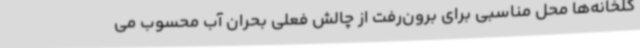
گلخانه‌ها محل مناسبی برای برون‌رفت از چالش فعلی بحران آب محسوب می